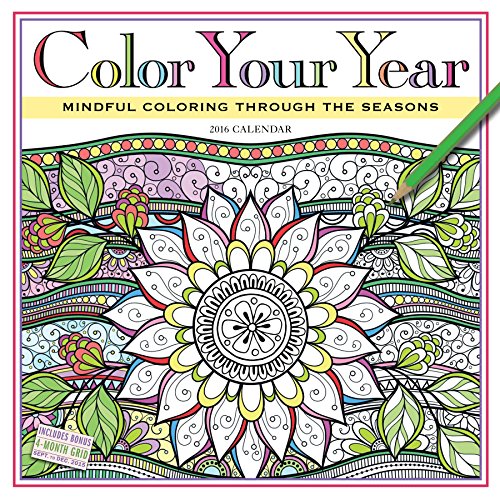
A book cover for Color Your Year Wall Calendar 2016: Mindful Coloring Through the Seasons; Workman Publishing; Calendars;